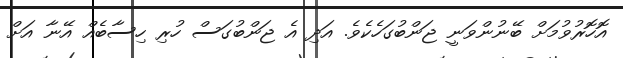
އޮހޮރުވުމަށް ބޭނުންވަނީ ޖަންބުގަހެކެވެ. އަދި އެ ޖަންބުގަސް ހުރި ހިސާބެއް އޭނާ އަށް